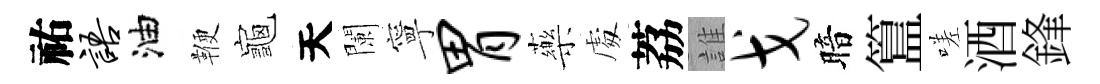
祐语油鞭龜天闌寧胃藥䖏荔誰戈暗簋嗟酒鋒